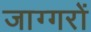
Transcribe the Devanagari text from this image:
जाग्गरों